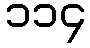
၁၁၄